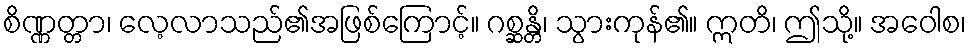
စိဏ္ဏတ္တာ၊ လေ့လာသည်၏အဖြစ်ကြောင့်။ ဂစ္ဆန္တိ၊ သွားကုန်၏။ ဣတိ၊ ဤသို့။ အဝေါစ၊